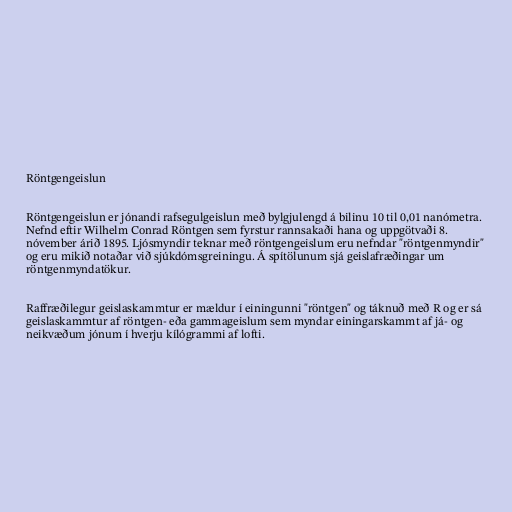
Röntgengeislun

Röntgengeislun er jónandi rafsegulgeislun með bylgjulengd á bilinu 10 til 0,01 nanómetra.
Nefnd eftir Wilhelm Conrad Röntgen sem fyrstur rannsakaði hana og uppgötvaði 8.
nóvember árið 1895. Ljósmyndir teknar með röntgengeislum eru nefndar "röntgenmyndir"
og eru mikið notaðar við sjúkdómsgreiningu. Á spítölunum sjá geislafræðingar um
röntgenmyndatökur.

Raffræðilegur geislaskammtur er mældur í einingunni "röntgen" og táknuð með R og er sá
geislaskammtur af röntgen- eða gammageislum sem myndar einingarskammt af já- og
neikvæðum jónum í hverju kílógrammi af lofti.